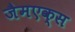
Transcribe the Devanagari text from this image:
जैमएक्स